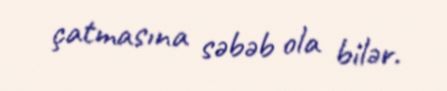
çatmasına səbəb ola bilər.